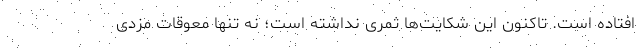
افتاده است. تاکنون این شکایت‌ها ثمری نداشته است؛ نه تنها معوقات مزدی